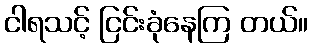
ငါရသင့် ငြင်းခုံနေကြ တယ်။